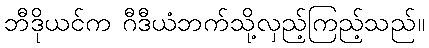
ဘီဒိုယင်က ဂီဒီယံဘက်သို့လှည့်ကြည့်သည်။